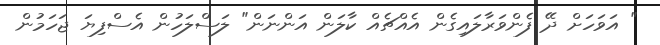
" އަވަހަށް ދޭ ފެންވަރާލައިގެން އެއްޗެއް ކާލަން އަންނަން" ލަސްލަހުން އެސްފިޔަ ޖަހަމުން